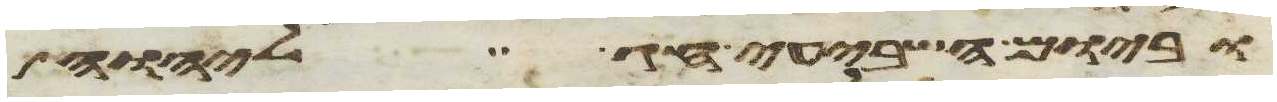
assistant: וביום השביעי חג ליהוה